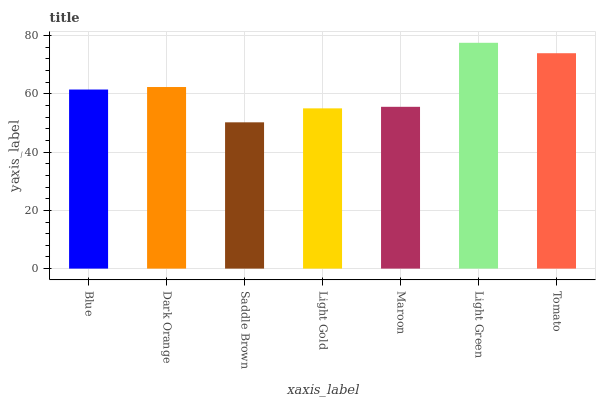
| xaxis_label | bars |
 | --- | --- |
 | Blue | 61.5 |
 | Dark Orange | 62.3 |
 | Saddle Brown | 50.2 |
 | Light Gold | 55 |
 | Maroon | 55.6 |
 | Light Green | 77.5 |
 | Tomato | 73.9 |